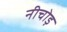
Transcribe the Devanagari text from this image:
नीचोड़